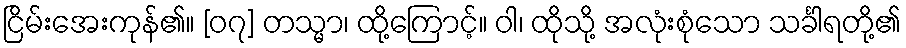
ငြိမ်းအေးကုန်၏။ [၀၇] တသ္မာ၊ ထို့ကြောင့်။ ဝါ၊ ထိုသို့ အလုံးစုံသော သင်္ခါရတို့၏